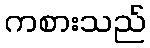
ကစားသည်